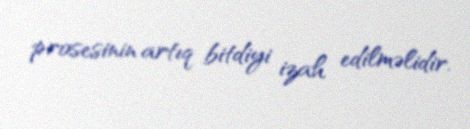
prosesinin artıq bitdiyi izah edilməlidir.